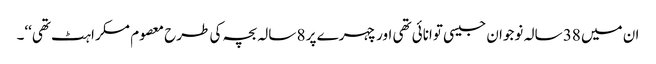
ان میں 38 سالہ نوجوان جیسی توانائی تھی اور چہرے پر 8 سالہ بچہ کی طرح معصوم مسکراہٹ تھی‘‘۔